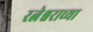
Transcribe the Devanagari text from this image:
रत्नेश्वराच्या